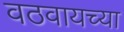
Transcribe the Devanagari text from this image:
वठवायच्या